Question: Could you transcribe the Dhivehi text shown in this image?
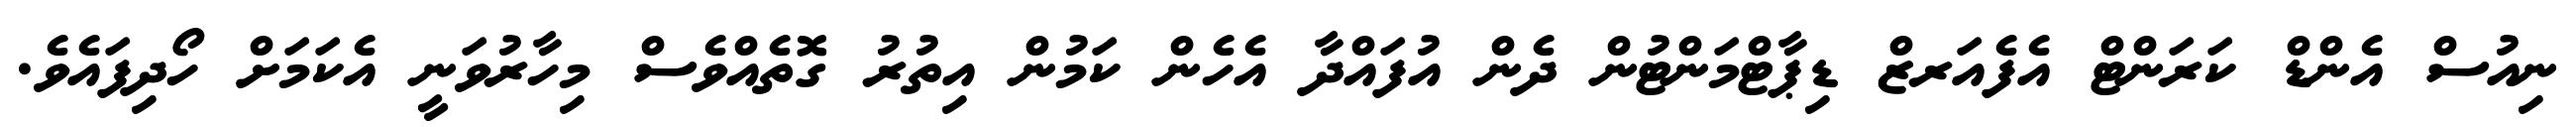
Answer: ނިއުސް އެންޑް ކަރަންޓް އެފެއަރޒް ޑިޕާޓްމަންޓުން ދެން އުފައްދާ އެހެން ކަމުން އިތުރު ގޮތެއްވެސް މިހާރުވަނީ އެކަމަށް ހޯދިފައެވެ.